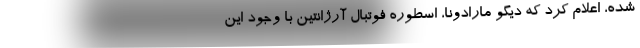
شده، اعلام کرد که دیگو مارادونا، اسطوره فوتبال آرژانتین با وجود این